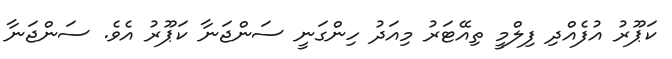
ކަޕޫރު އުފެއްދި ފިލްމީ ތިއޭޓަރު މިއަދު ހިންގަނީ ސަންޖަނާ ކަޕޫރު އެވެ. ސަންޖަނާ